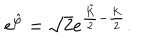
LaTeX: e ^ { \hat { \varphi } } = \sqrt { 2 } e ^ { \frac { \tilde { K } } { 2 } - \frac { K } { 2 } } .